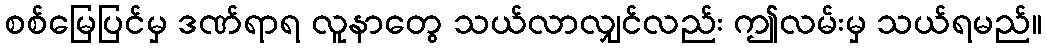
စစ်မြေပြင်မှ ဒဏ်ရာရ လူနာတွေ သယ်လာလျှင်လည်း ဤလမ်းမှ သယ်ရမည်။